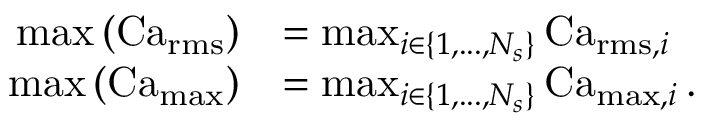
\begin{array} { r l } { \operatorname* { m a x } \left( \operatorname { C a } _ { \operatorname { r m s } } \right) } & { = \operatorname* { m a x } _ { i \in \{ 1 , . . . , N _ { s } \} } \operatorname { C a } _ { \operatorname { r m s } , i } } \\ { \operatorname* { m a x } \left( \operatorname { C a } _ { \operatorname* { m a x } } \right) } & { = \operatorname* { m a x } _ { i \in \{ 1 , . . . , N _ { s } \} } \operatorname { C a } _ { \operatorname* { m a x } , i } . } \end{array}